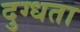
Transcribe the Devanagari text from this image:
दुग्धता